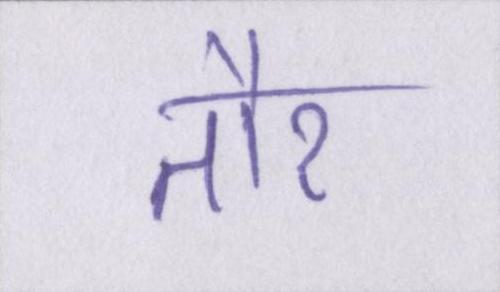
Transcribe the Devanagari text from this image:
तौर